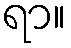
ရာ။